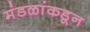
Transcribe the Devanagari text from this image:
मंडळांकडून